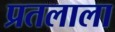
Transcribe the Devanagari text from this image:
प्रतलाला